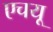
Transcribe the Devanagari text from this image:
एचयू